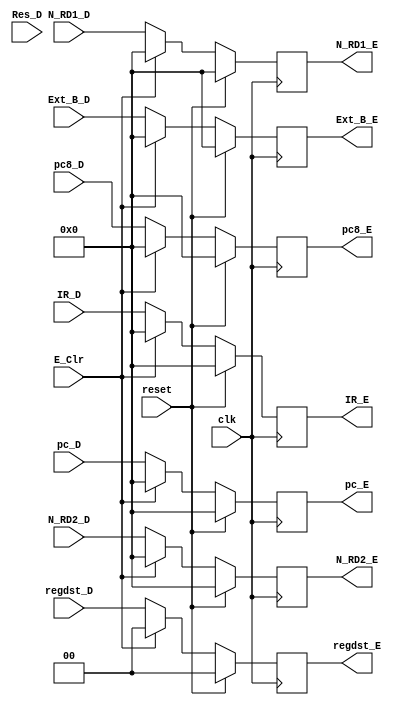
`timescale 1ns / 1ps
//////////////////////////////////////////////////////////////////////////////////
// Company: 
// Engineer: 
// 
// Design Name: 
// Module Name:    Reg_E 
// Project Name: 
// Target Devices: 
// Tool versions: 
// Description: 
//
// Dependencies: 
//
// Revision: 
// Revision 0.01 - File Created
// Additional Comments: 
//
//////////////////////////////////////////////////////////////////////////////////
//Extop_D,
//Res
module Reg_E(
	input clk,
	input	reset,
	input E_Clr,
	input [31:0] IR_D,
	input [31:0] N_RD1_D,
	input [31:0] N_RD2_D,
	input [1:0] Res_D,	//
	input	[1:0] regdst_D,	
	input [31:0] Ext_B_D,
	input [31:0] pc_D,
	input [31:0] pc8_D,
	
	output reg [31:0] IR_E,
	output reg [31:0] N_RD1_E,
	output reg [31:0] N_RD2_E,
	//output reg [1:0] Res_E,
	output reg [1:0] regdst_E,	
	output reg [31:0] Ext_B_E,
	output reg [31:0] pc_E,
	output reg [31:0] pc8_E
    );
	 
	always @(posedge clk) begin
		if(reset) begin
			IR_E			<= 0;
			N_RD1_E		<= 0;
			N_RD2_E		<= 0;
			//Res_E			<= 0;
			regdst_E		<= 0;
			Ext_B_E		<= 0;
			pc_E			<= 0;
			pc8_E			<= 0;
		end
		else if(E_Clr) begin
			IR_E			<= 0;
			N_RD1_E		<= 0;
			N_RD2_E		<= 0;
			//Res_E			<= 0;
			regdst_E		<= 0;
			Ext_B_E		<= 0;
			pc_E			<= 0;
			pc8_E			<= 0;
		end
		else begin
			IR_E			<= IR_D;
			N_RD1_E		<= N_RD1_D;
			N_RD2_E		<= N_RD2_D;
			//Res_E			<= Res_D;
			regdst_E		<= regdst_D;
			Ext_B_E		<= Ext_B_D;
			pc_E			<= pc_D;
			pc8_E			<= pc8_D;
		end	
	end


endmodule